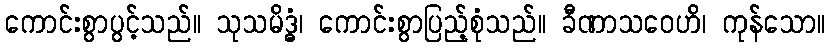
ကောင်းစွာပွင့်သည်။ သုသမိဒ္ဓံ၊ ကောင်းစွာပြည့်စုံသည်။ ခီဏာသဝေဟိ၊ ကုန်သော။